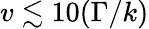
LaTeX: v\lesssim 10(\Gamma/k)